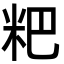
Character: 粑